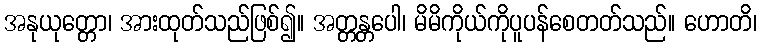
အနုယုတ္တော၊ အားထုတ်သည်ဖြစ်၍။ အတ္တန္တပေါ၊ မိမိကိုယ်ကိုပူပန်စေတတ်သည်။ ဟောတိ၊